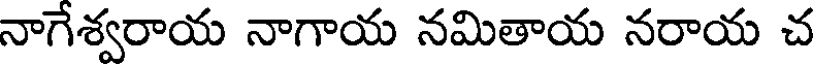
నాగేశ్వరాయ నాగాయ నమితాయ నరాయ చ